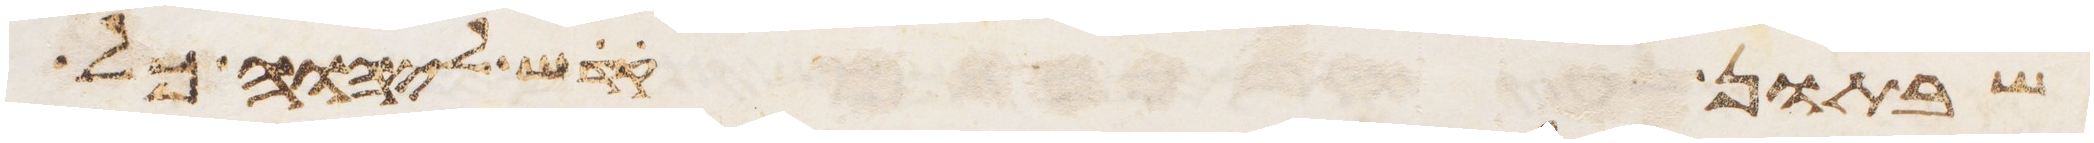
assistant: שבתון קדש ליהוה כל